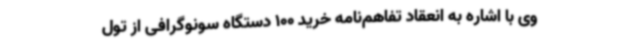
وی با اشاره به انعقاد تفاهم‌نامه خرید 100 دستگاه سونوگرافی از تول